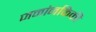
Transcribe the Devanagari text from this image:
जनांनकिकी